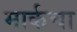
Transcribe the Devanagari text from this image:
मार्कचा